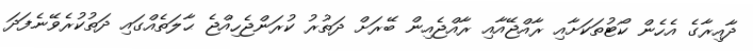
ދާއިރާގެ އެހެން ކޯޓުތަކަށާއި ރާއްޖޭއާއި ރާއްޖެއިން ބޭރަށް ދަތުރު ކުރަންޖެހިއްޖެ ޙާލަތެއްގައި ދަތުކުރެވޭނެފަދަ